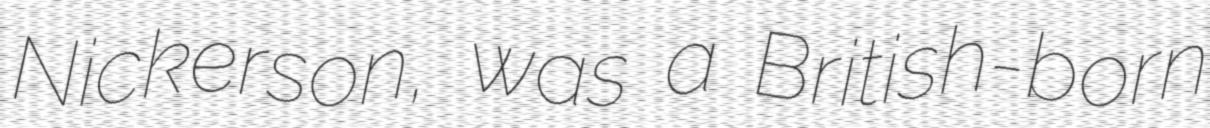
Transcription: Nickerson, was a British-born